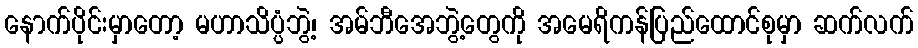
နောက်ပိုင်းမှာတော့ မဟာသိပ္ပံဘွဲ့၊ အမ်ဘီအေဘွဲ့တွေကို အမေရိကန်ပြည်ထောင်စုမှာ ဆက်လက်